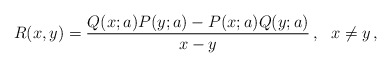
\begin{align*}R(x,y) = {Q(x;a)P(y;a)-P(x;a) Q(y;a)\over x-y}\, , \ \ x\neq y\, ,\end{align*}